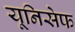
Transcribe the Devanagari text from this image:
यूनिसेेफ